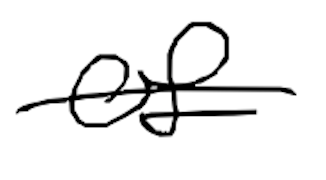
Text: of
Cross-out: mix
Writing tool: digital_black